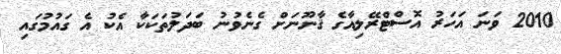
2010 ވަނަ އަހަރު އޮސްޓްރޭލިއާގެ ޤާނޫނަށް ގެނެވުނު ބަދަލުތަކަކާ އެކު އެ ގައުމުގައި